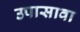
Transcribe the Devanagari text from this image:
उपासावा